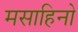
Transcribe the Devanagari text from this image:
मसाहिनो